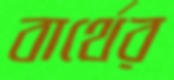
বার্থের